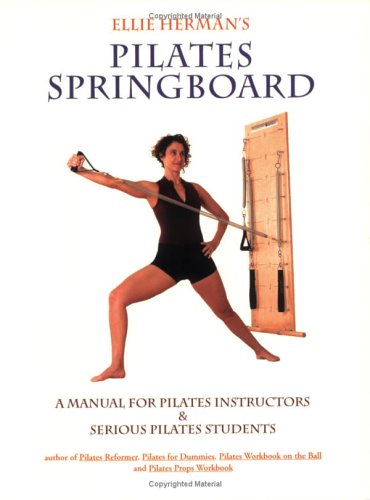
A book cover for Ellie Herman's Pilates Springboard; Ellie Herman; Health, Fitness & Dieting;